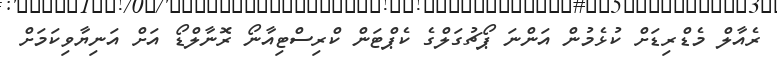
ރެއާލް މެޑްރިޑަށް ކުޅެމުން އަންނަ ޕޯޗުގަލްގެ ކެޕްޓަން ކްރިސްޓިއާނޯ ރޮނާލްޑޯ އަށް އަނިޔާވިކަމަށް